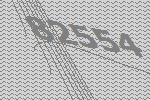
82554